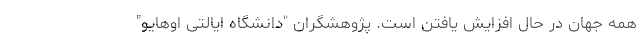
همه جهان در حال افزایش یافتن است. پژوهشگران "دانشگاه ایالتی اوهایو"